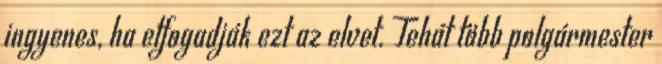
ingyenes, ha elfogadják ezt az elvet. Tehát több polgármester